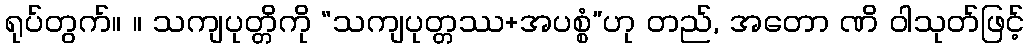
ရုပ်တွက်။ ။ သကျပုတ္တိကို “သကျပုတ္တဿ+အပစ္စံ”ဟု တည်, အတော ဏိ ဝါသုတ်ဖြင့်